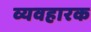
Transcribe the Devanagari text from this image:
व्यवहारक